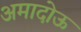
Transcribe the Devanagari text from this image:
अमादोऊ